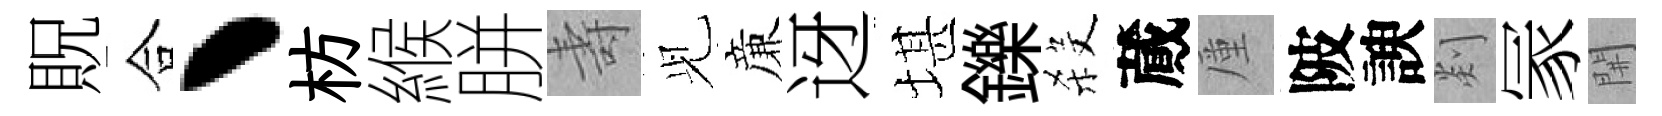
貺合丶枋緱胼壽𫤗亷迓堪鑠殺蕆厪陂諛剡冡𨳩